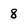
Character: 8